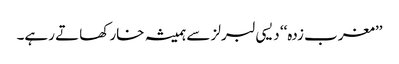
’’مغرب زدہ‘‘ دیسی لبرلز سے ہمیشہ خار کھاتے رہے۔